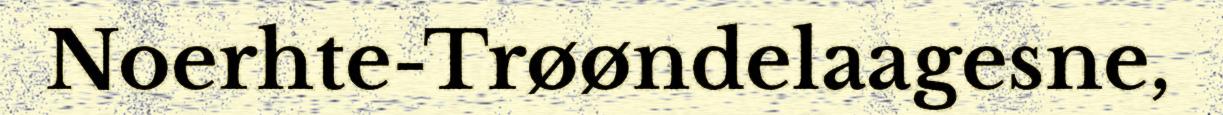
Noerhte-Trøøndelaagesne,